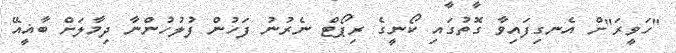
"ހަވީރަ"ށް އެނގިފައިވާ ގޮތުގައި ކޯނީގެ ރިޕޯޓް ނެރުނު ފަހުން ފުލުހުންނާ ދިމާލަށް ބާޣީއޭ